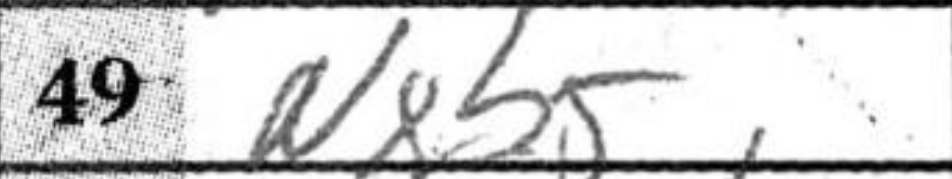
Transcription: Nxb5